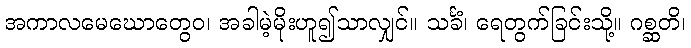
အကာလမေဃောတွေဝ၊ အခါမဲ့မိုးဟူ၍သာလျှင်။ သင်္ခံ၊ ရေတွက်ခြင်းသို့။ ဂစ္ဆတိ၊